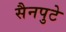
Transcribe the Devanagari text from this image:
सैनपुटे